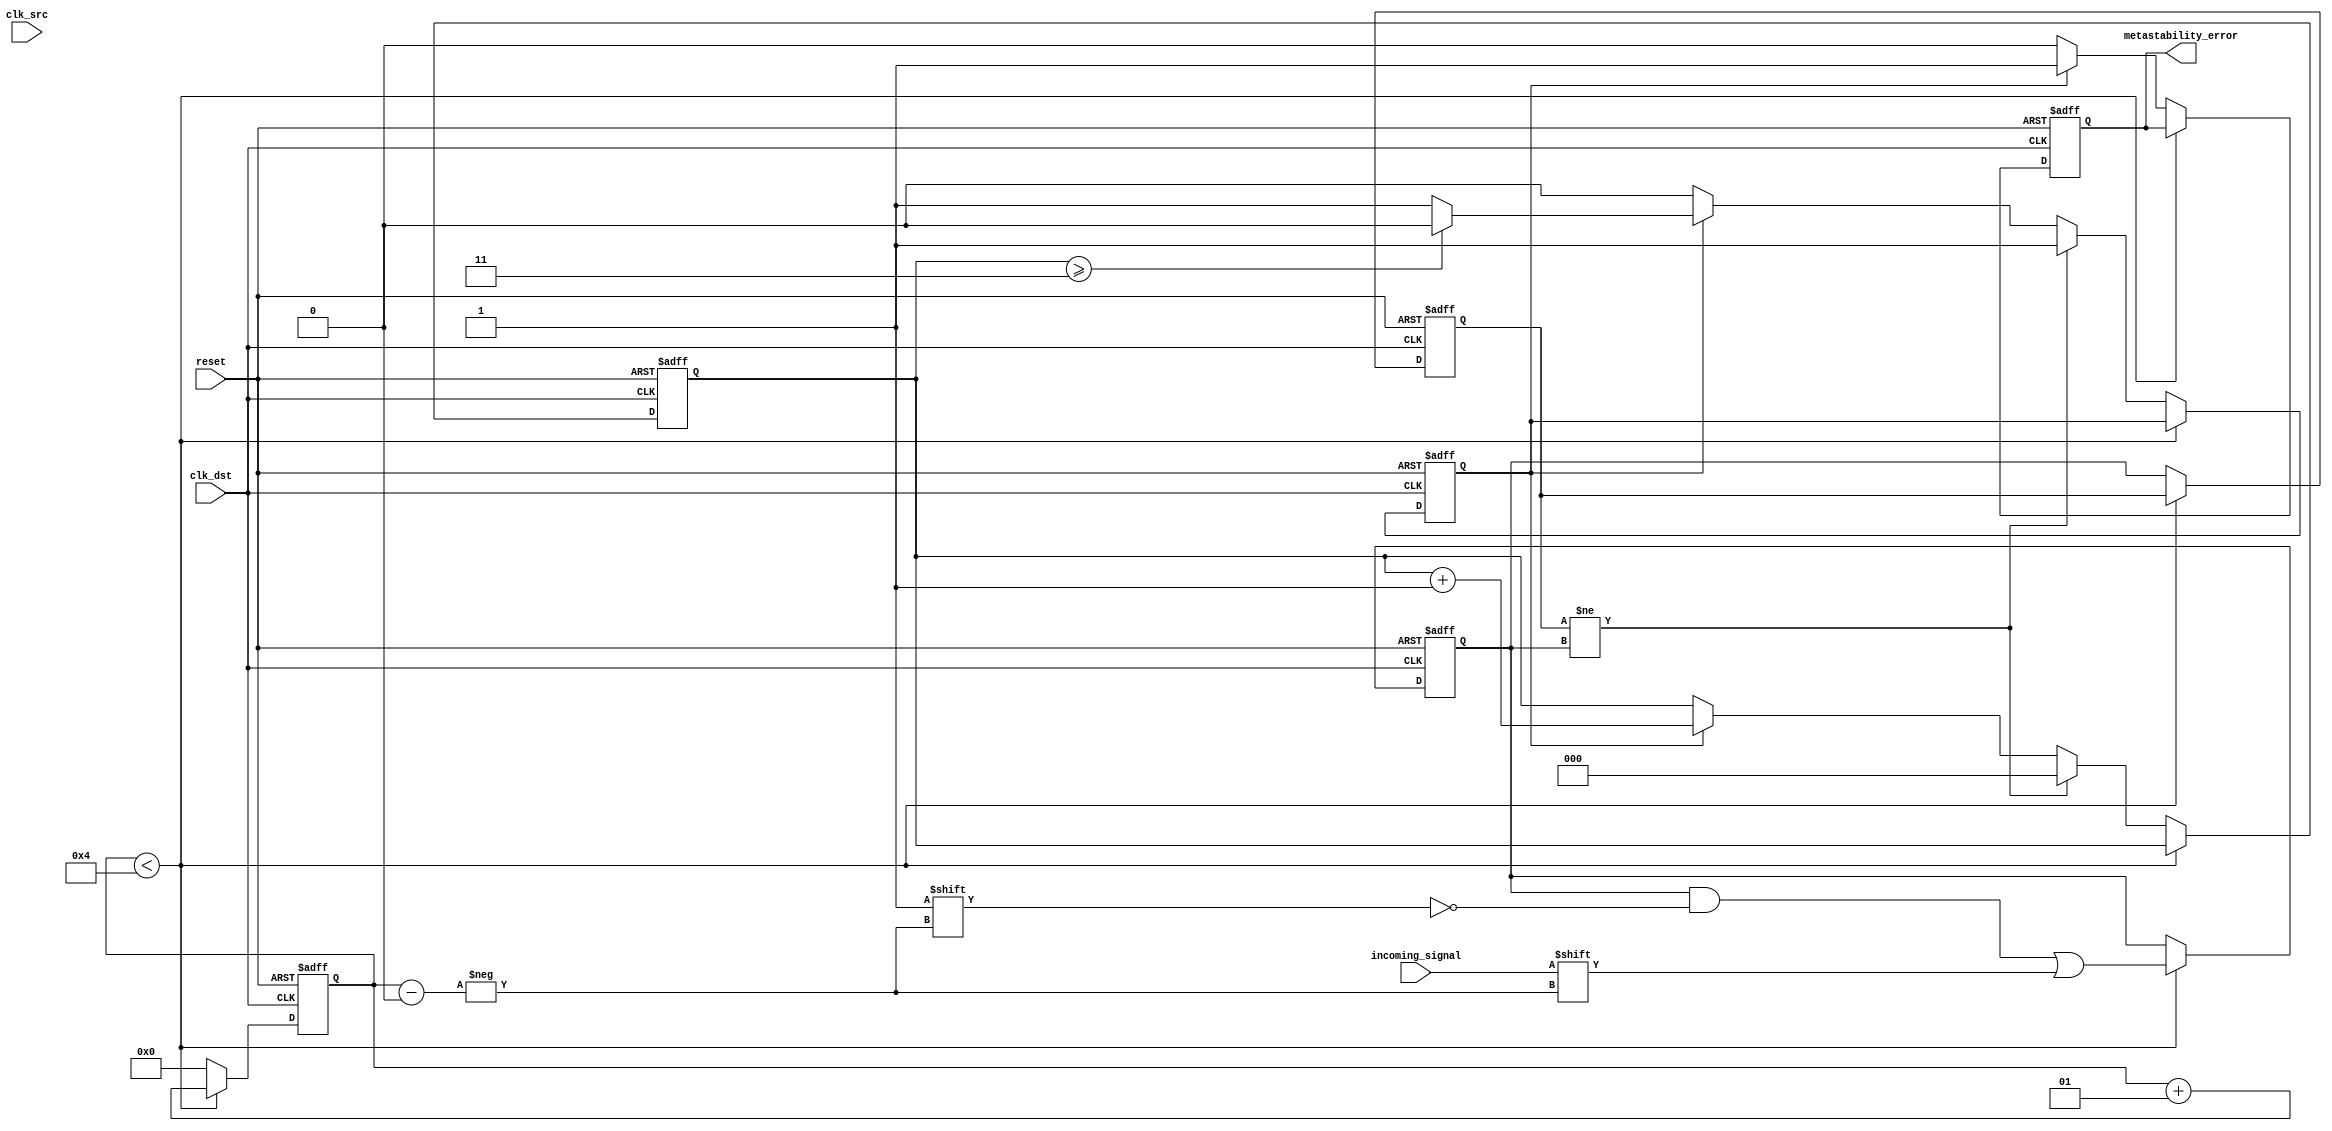
module metastability_detector (
    input wire clk_src,               // Source clock
    input wire clk_dst,               // Destination clock
    input wire reset,                 // Reset signal
    input wire incoming_signal,        // Signal to be sampled
    output reg metastability_error     // Metastability error signal
);

    parameter NUM_SAMPLES = 4;        // Number of samples to take
    parameter STABILITY_CYCLES = 3;    // Number of stable cycles to confirm stability

    // Memory blocks for sampling
    reg [NUM_SAMPLES-1:0] samples;     // Sampled values
    integer sample_index;               // Sample index
    reg [STABILITY_CYCLES-1:0] stability_counter; // Counter for stability checking
    reg metastable_flag;                // Flag indicating potential metastability
    reg [NUM_SAMPLES-1:0] last_samples; // Store last samples for comparison

    // Always block to handle sampling in the destination clock domain
    always @(posedge clk_dst or posedge reset) begin
        if (reset) begin
            samples <= 0;
            metastability_error <= 0;
            sample_index <= 0;
            stability_counter <= 0;
            metastable_flag <= 0;
            last_samples <= 0;
        end else begin
            // Random sampling mechanism (simple random sampling using LFSR for demonstration)
            if (sample_index < NUM_SAMPLES) begin
                samples[sample_index] <= incoming_signal;
                sample_index <= sample_index + 1;
            end else begin
                // Check for metastability detection
                last_samples <= samples;

                // Compare last samples to detect changes
                if (last_samples != samples) begin
                    metastable_flag <= 1;
                    stability_counter <= 0; // Reset counter on change
                end else if (metastable_flag) begin
                    stability_counter <= stability_counter + 1;
                    if (stability_counter >= STABILITY_CYCLES) begin
                        metastable_flag <= 0; // Reset flag after stable detection
                    end
                end

                // If metastability detected, set error signal
                if (metastable_flag) begin
                    metastability_error <= 1; // Indicate metastability error
                end else begin
                    metastability_error <= 0; // No error detected
                end

                // Reset sample index for next round of sampling
                sample_index <= 0;
            end
        end
    end
endmodule